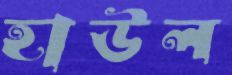
হাউল